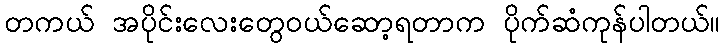
တကယ် အပိုင်းလေးတွေဝယ်ဆော့ရတာက ပိုက်ဆံကုန်ပါတယ်။